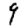
Digit: 9